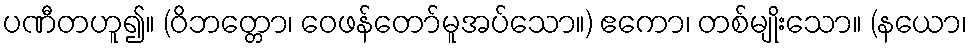
ပဏီတဟူ၍။ (ဝိဘတ္တော၊ ဝေဖန်တော်မူအပ်သော။) ဧကော၊ တစ်မျိုးသော။ (နယော၊